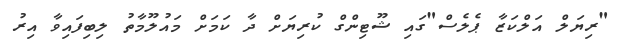
"ރިޔަލް އަލްކަޒާ ޕެލެސް"ގައި ޝޫޓިންގް ކުރިޔަށް ދާ ކަމަށް މައުލޫމާތު ލިބިފައިވާ އިރު